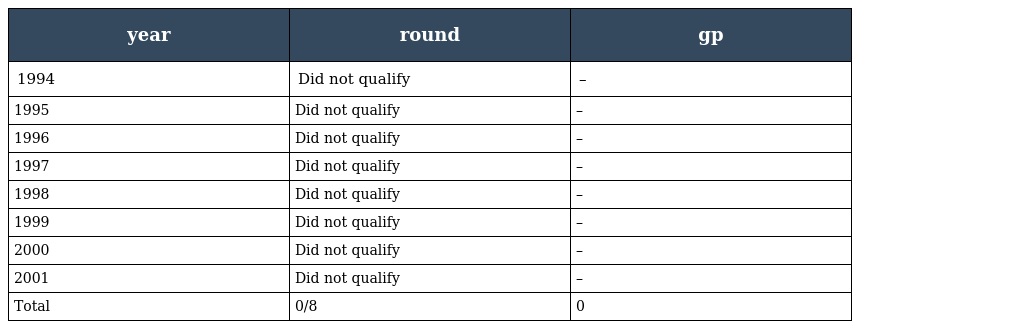
| year | round | gp |
 | --- | --- | --- |
 | 1994 | Did not qualify | – |
 | 1995 | Did not qualify | – |
 | 1996 | Did not qualify | – |
 | 1997 | Did not qualify | – |
 | 1998 | Did not qualify | – |
 | 1999 | Did not qualify | – |
 | 2000 | Did not qualify | – |
 | 2001 | Did not qualify | – |
 | Total | 0/8 | 0 |